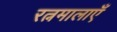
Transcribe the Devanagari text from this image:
रत्नमालाएँ